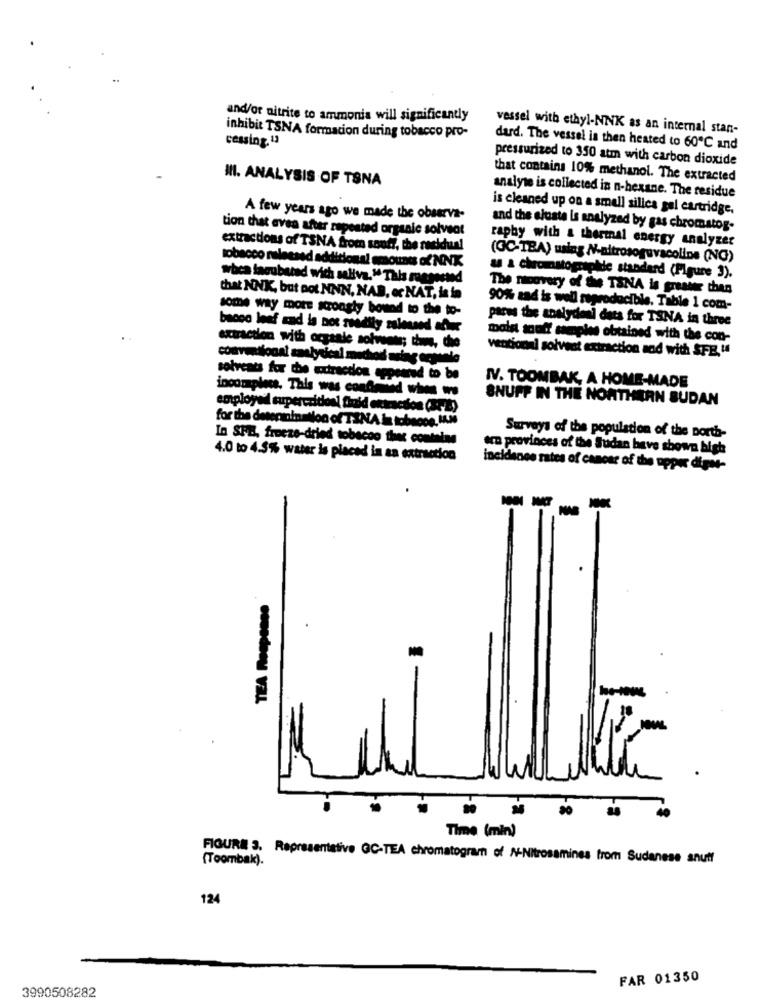
and/or nitrite to ammonia will significantly
vessel with ethyl-NNK as an internal stan-
cessing. 13
inhibit TSNA formacion during tobacco pro-
dard. The vessel is then heated to 60℃ and
pressurized to 350 atm with carbon dioxide
III. ANALYSIS OF TSNA
that contains 10% methanol. The extracted
analyse is collected in n-hexane. The residue
is cleaned up on a small silica gel cartridge.
A few years ago we made the observa-
and the ajuste is analyzed by gas chromatog.
tion that even after repeated organic solveat
raphy with a thermal energy analyzer
extractions of TSNA from souff, the residual
(GC-TEA) ualag N-altrosoguvacoline (NG)
tobacco released additional amounts of NNK
wbca lasubured with saliva." This reesesind
as a chromatographie standard (Figure 3).
The moovery of the TSNA is greater chen
that NNK, but not NNN, NAB, or NAT, is in
some way more strongly bound to the to-
90% zad is well reproducible. Table 1 com-
paras the analydeel dats for TSNA in three
moist snuff samples obtained with the con-
extraction with organic solvente; thus, the
ventional solvent extraction and with SFE."
solvents for the extraction cepeered to be
IV. TOOMBAK, A HOME-MADE
incomplets. This was condmild when we
SNUFF IN THE NORTHERN SUDAN
employed superccidos! fhuid extraction (STB)
for the determination of TINA in tobeone. MAN
In SHI, freeze-dried tobacco thec contalas
Surveys of the population of the porth-
era provinces of the Sudan have shown high
4.0 to 4.5% water is placed in an extraction
incidence rates of cancer of the upper digits-
Time (min)
FIGURE 3. Representative GC-TEA chromatogram of N-Nitrosamines trom Sudanese anutf
(Toombak).
124
FAR 01350
3990508282